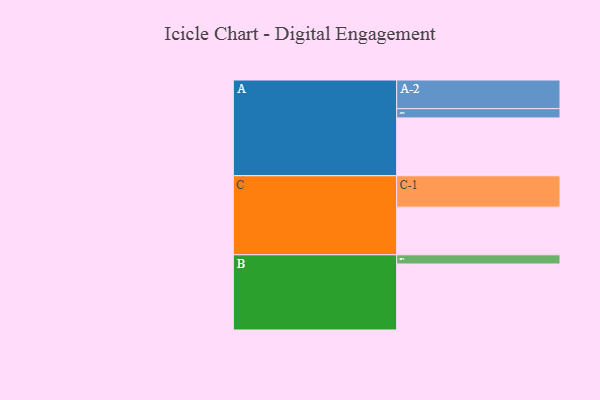
{"axis": {"x": "Segment", "y": "Value"}, "legend": ["", "A", "B", "C"], "data": [{"x": "A", "y": 523, "type": ""}, {"x": "B", "y": 597, "type": ""}, {"x": "C", "y": 431, "type": ""}, {"x": "A-1", "y": 84, "type": "A"}, {"x": "A-2", "y": 259, "type": "A"}, {"x": "B-1", "y": 83, "type": "B"}, {"x": "C-1", "y": 284, "type": "C"}]}